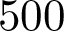
5 0 0